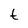
Character: t